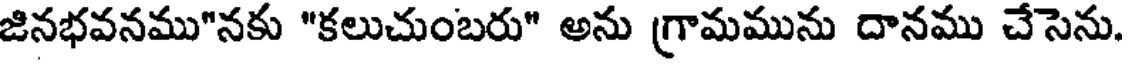
జినభవనము"నకు "కలుచుంబరు" అను గ్రామమును దానము చేసెను.